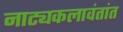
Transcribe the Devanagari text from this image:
नाट्यकलावंतांत